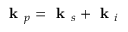
\textbf { k } _ { p } = \textbf { k } _ { s } + \textbf { k } _ { i }